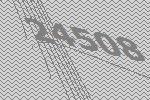
24508